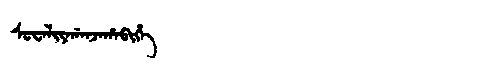
Manchu: ᠰᡠᠸᠠᠯᡳᠶᠠᡤᠠᠨᠵᠠᡥᠠᠪᡳᡥᡝ
Romanization: SUWALIYAGANJAHABIHE